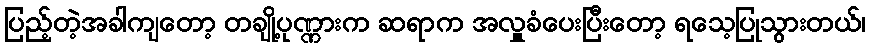
ပြည့်တဲ့အခါကျတော့ တချို့ပုဏ္ဏားက ဆရာက အလှူခံပေးပြီးတော့ ရသေ့ပြုသွားတယ်၊